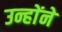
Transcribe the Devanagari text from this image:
उन्हाेंने